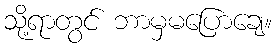
သို့ရာတွင် ဘာမှမပြောချေ။